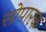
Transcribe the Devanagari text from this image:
सोपारक